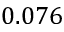
0 . 0 7 6